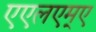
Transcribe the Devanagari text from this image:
एएलएम्ए